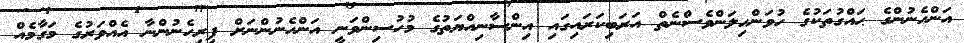
އަންހެނުންގެ ޙައްގުތަކުގެ ހުވަންހިލަންވެސްނެތް އަރަބިކަރައިގައި އިންސާނިއްޔަތުގެ މުހުސިންވަނީ އަންހެނުންނަށް ފިރިހެނުންނާ އެއްވަރުގެ މަގާމެއް